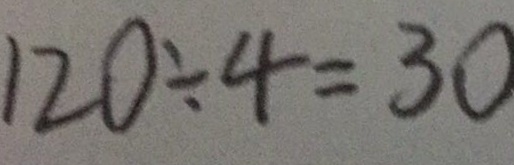
1 2 0 \div 4 = 3 0